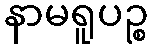
နာမရူပဉ္စ